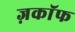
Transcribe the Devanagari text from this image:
ज़काॅफ